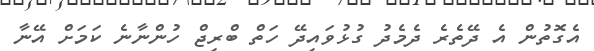
އެގޮތުން އެ ދޭތެރެ ދެމެދު ގުޅުވައިދޭ ހަތް ބްރިޖް ހުންނާނެ ކަމަށް އޭނާ